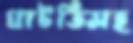
ঘাটতিসহ